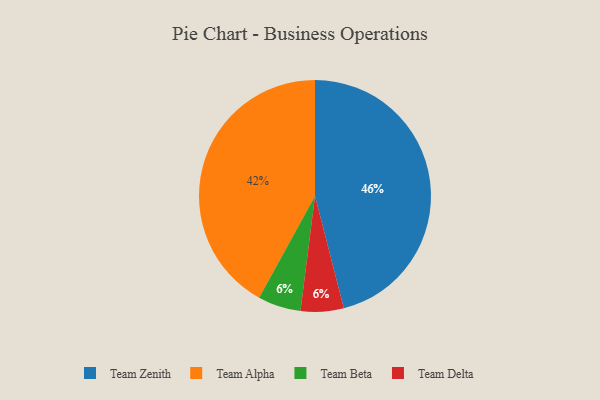
{"axis": {"x": "Category", "y": "Percentage"}, "legend": ["Team Alpha", "Team Beta", "Team Delta", "Team Zenith"], "data": [{"x": "Team Beta", "y": 6, "type": "Team Beta"}, {"x": "Team Delta", "y": 6, "type": "Team Delta"}, {"x": "Team Zenith", "y": 46, "type": "Team Zenith"}, {"x": "Team Alpha", "y": 42, "type": "Team Alpha"}]}